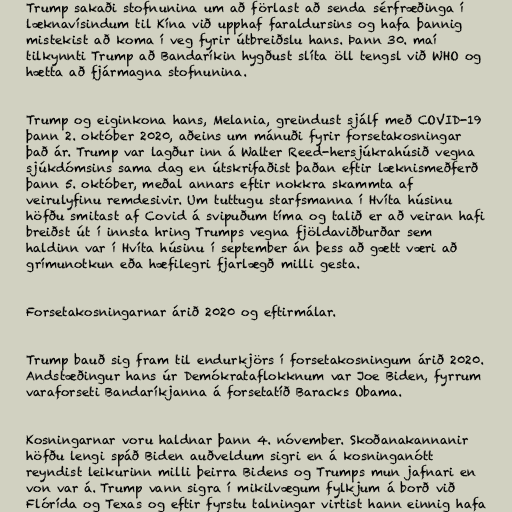
Trump sakaði stofnunina um að förlast að senda sérfræðinga í
læknavísindum til Kína við upphaf faraldursins og hafa þannig
mistekist að koma í veg fyrir útbreiðslu hans. Þann 30. maí
tilkynnti Trump að Bandaríkin hygðust slíta öll tengsl við WHO og
hætta að fjármagna stofnunina.

Trump og eiginkona hans, Melania, greindust sjálf með COVID-19
þann 2. október 2020, aðeins um mánuði fyrir forsetakosningar
það ár. Trump var lagður inn á Walter Reed-her­sjúkra­húsið vegna
sjúkdómsins sama dag en útskrifaðist þaðan eftir læknismeðferð
þann 5. október, meðal annars eftir nokkra skammta af
veirulyfinu remdesivir. Um tuttugu starfsmanna í Hvíta húsinu
höfðu smitast af Covid á svipuðum tíma og talið er að veiran hafi
breiðst út í innsta hring Trumps vegna fjöldaviðburðar sem
haldinn var í Hvíta húsinu í september án þess að gætt væri að
grímunotkun eða hæfilegri fjarlægð milli gesta.

Forsetakosningarnar árið 2020 og eftirmálar.

Trump bauð sig fram til endurkjörs í forsetakosningum árið 2020.
Andstæðingur hans úr Demókrataflokknum var Joe Biden, fyrrum
varaforseti Bandaríkjanna á forsetatíð Baracks Obama.

Kosningarnar voru haldnar þann 4. nóvember. Skoðanakannanir
höfðu lengi spáð Biden auðveldum sigri en á kosninganótt
reyndist leikurinn milli þeirra Bidens og Trumps mun jafnari en
von var á. Trump vann sigra í mikilvægum fylkjum á borð við
Flórída og Texas og eftir fyrstu talningar virtist hann einnig hafa